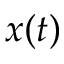
x ( t )